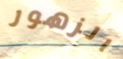
الزهور